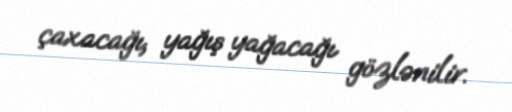
çaxacağı, yağış yağacağı gözlənilir.